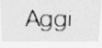
Aggi